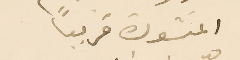
المنشودة قريبًا